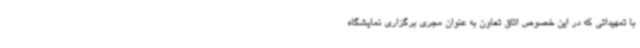
با تمهیداتی که در این خصوص اتاق تعاون به عنوان مجری برگزاری نمایشگاه